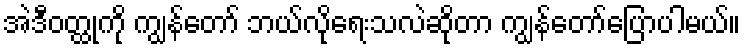
အဲဒီဝတ္ထုကို ကျွန်တော် ဘယ်လိုရေးသလဲဆိုတာ ကျွန်တော်ပြောပါမယ်။